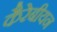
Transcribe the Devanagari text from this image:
कैरेबीयन